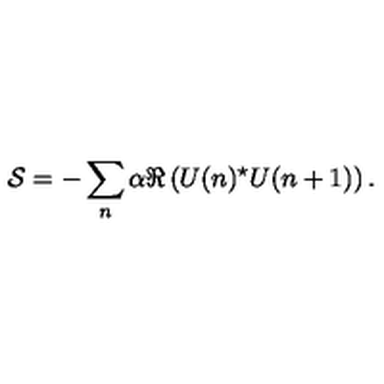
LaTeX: { \cal S } = - \sum _ { n } \alpha \Re \left( U ( n ) ^ { \star } U ( n + 1 ) \right) .